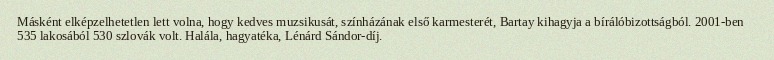
Másként elképzelhetetlen lett volna, hogy kedves muzsikusát, színházának első karmesterét, Bartay kihagyja a bírálóbizottságból. 2001-ben 535 lakosából 530 szlovák volt. Halála, hagyatéka, Lénárd Sándor-díj.